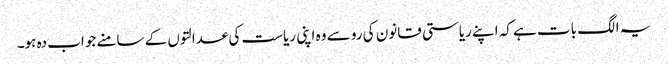
یہ الگ بات ہے کہ اپنے ریاستی قانون کی رو سے وہ اپنی ریاست کی عدالتوں کے سامنے جواب دہ ہو۔